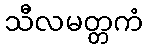
သီလမတ္တကံ